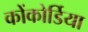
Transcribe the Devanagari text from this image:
कोंकोर्डिया